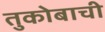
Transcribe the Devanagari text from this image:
तुकोबाची